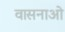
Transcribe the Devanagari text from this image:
वासनाओ